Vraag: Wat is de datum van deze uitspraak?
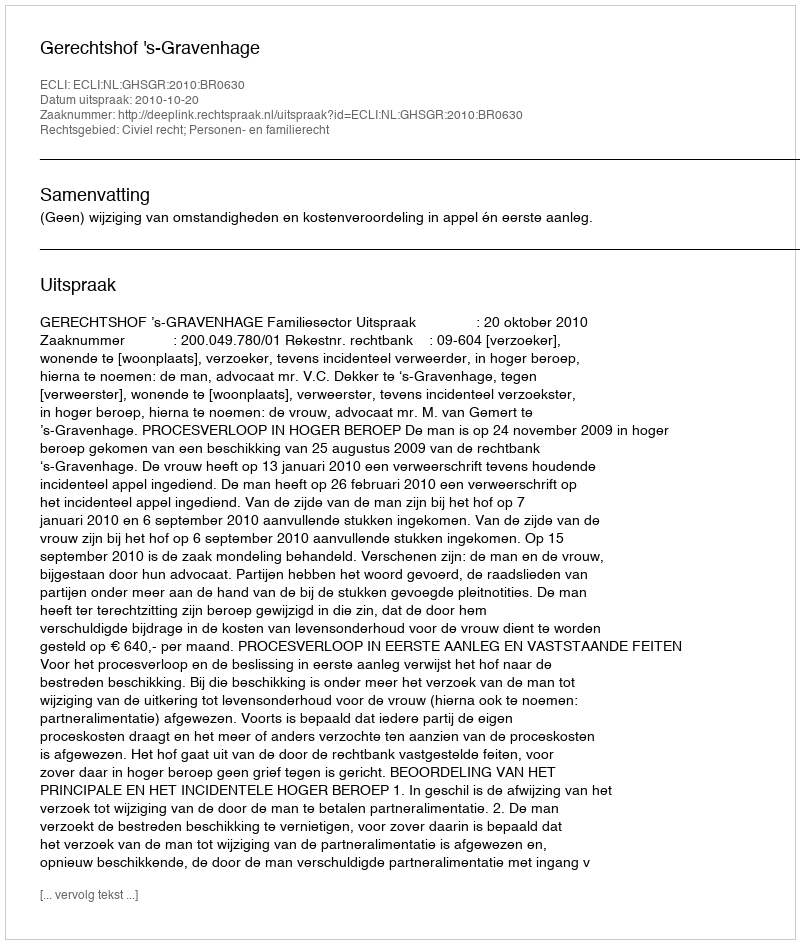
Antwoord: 2010-10-20